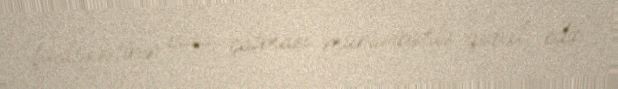
fəaliyyətinin başa çatması münasibətilə qəbul edib.